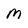
Character: M